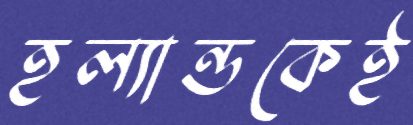
হল্যান্ডকেই